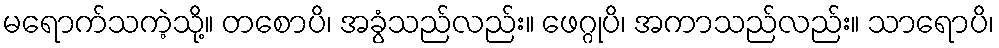
မရောက်သကဲ့သို့။ တစောပိ၊ အခွံသည်လည်း။ ဖေဂ္ဂုပိ၊ အကာသည်လည်း။ သာရောပိ၊